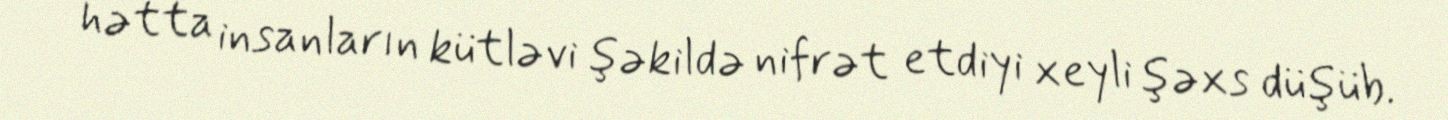
hətta insanların kütləvi şəkildə nifrət etdiyi xeyli şəxs düşüb.